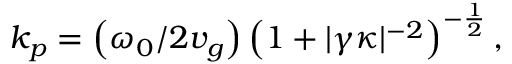
k _ { p } = \left( \omega _ { 0 } / 2 v _ { g } \right) \left( 1 + | \gamma \kappa | ^ { - 2 } \right) ^ { - \frac { 1 } { 2 } } ,